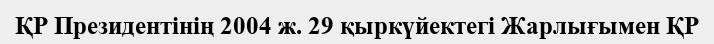
ҚР Президентінің 2004 ж. 29 қыркүйектегі Жарлығымен ҚР